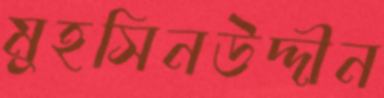
মুহসিনউদ্দীন